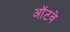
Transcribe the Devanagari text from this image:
ऑटवे